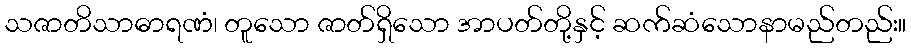
သဇာတိသာဓာရဏံ၊ တူသော ဇာတ်ရှိသော အာပတ်တို့နှင့် ဆက်ဆံသောနာမည်တည်း။